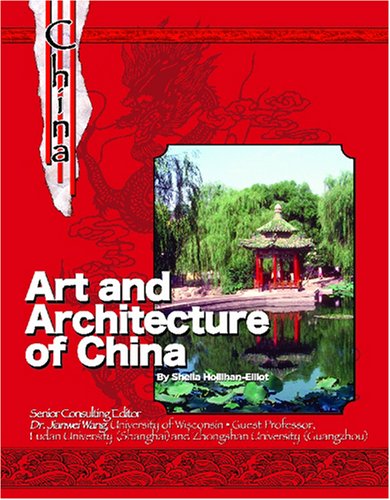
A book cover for Chinese Art & Architecture (China); Sheila Elliot; Teen & Young Adult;